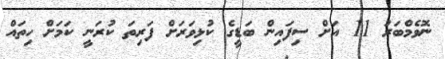
ނޮވެމްބަރު 11 އަށް ސިފައިން ބަޑީގެ ކުޅިވަރަށް ފަރިތަ ކުރަނީ ކަމަށް ހިތައް